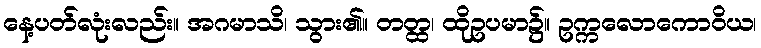
နေ့ပတ်လုံးလည်း။ အဂမာသိ၊ သွား၏။ တတ္ထ၊ ထိုဥပမာ၌။ ဥက္ကလောကောဝိယ၊